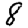
Digit: 8